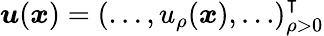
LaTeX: \boldsymbol u(\boldsymbol{x})=(\dots,u_{\rho}(\boldsymbol{x}),\dots)_{\rho>0}^{\intercal}